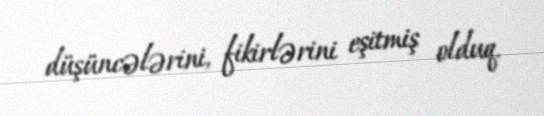
düşüncələrini, fikirlərini eşitmiş olduq.